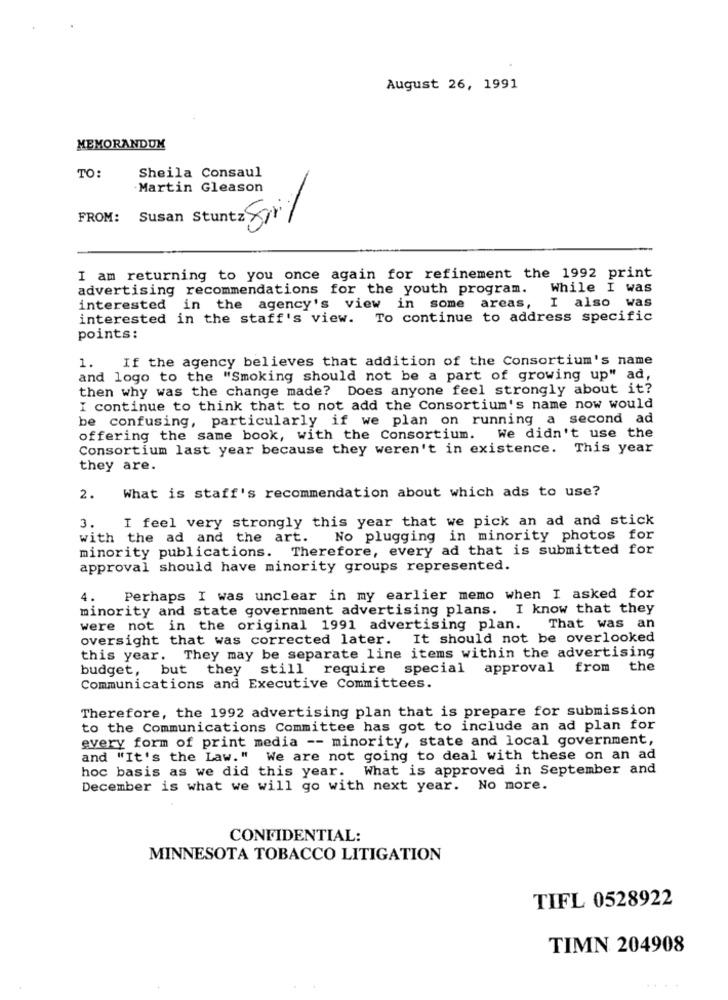
August 26, 1991
MEMORANDUM
Sheila Consaul
TO:
Martin Gleason
FROM:
Susan Stuntz Soil
Susan
I am returning to you once again for refinement the 1992 print
advertising recommendations for the youth program.
While I was
I also was
interested
in the agency's view in some
e areas,
interested in the staff's view. To continue to address specific
points:
1. If the agency believes that addition of the Consortium's name
and logo to the "Smoking should not be a part of growing up" ad,
then why was the change made? Does anyone feel strongly about it?
I continue to think that to not add the Consortium's name now would
be confusing, particularly if we plan on running a second ad
offering the same book, with the Consortium. We didn't use the
Consortium last year because they weren't in existence. This year
they are.
What is staff's recommendation about which ads to use?
2.
3.
I feel very strongly this year that we pick an ad and stick
with the ad and the art.
No plugging in minority photos for
minority publications. Therefore, every ad that is submitted for
approval should have minority groups represented.
4.
Perhaps I was unclear in my earlier memo when I asked for
minority and state government advertising plans. I know that they
were not in the original 1991 advertising plan. That was an
oversight that was corrected later. It should not be overlooked
this year. They may be separate line items within the advertising
budget,
but they
still require special approval from
the
Communications and Executive Committees.
Therefore, the 1992 advertising plan that is prepare for submission
to the Communications Committee has got to include an ad plan for
every form of print media -- minority, state and local government,
and "It's the Law." We are not going to deal with these on an ad
hoc basis as we did this year. What is approved in September and
December is what we will go with next year. No more.
CONFIDENTIAL:
MINNESOTA TOBACCO LITIGATION
TIFL 0528922
TIMN 204908